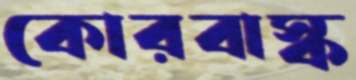
কোরবাস্ক